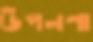
উপলণা